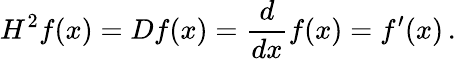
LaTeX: H^{2}f(x)=Df(x)={\frac{d}{dx}}f(x)=f^{\prime}(x)\, .